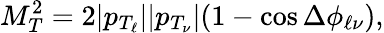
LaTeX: M_{T}^{2}=2|p_{T_{\ell}}||p_{T_{\nu}}|(1-\cos\Delta\phi_{\ell\nu}),